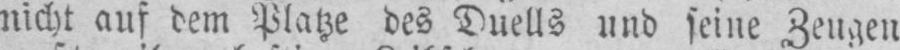
nicht auf dem Platze des Duells und seine Zeugen